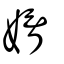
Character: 婿